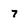
Character: 7